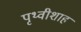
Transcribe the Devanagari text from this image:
पृथ्वीशाह